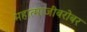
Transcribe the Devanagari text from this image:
महात्माजींबरोबर